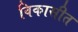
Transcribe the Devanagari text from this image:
विकासीत